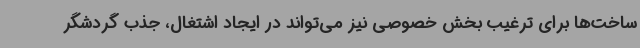
ساخت‌ها برای ترغیب بخش خصوصی نیز می‌تواند در ایجاد اشتغال، جذب گردشگر